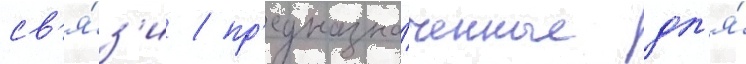
св'я́з'и / пр'едназна́ченные дл'я́